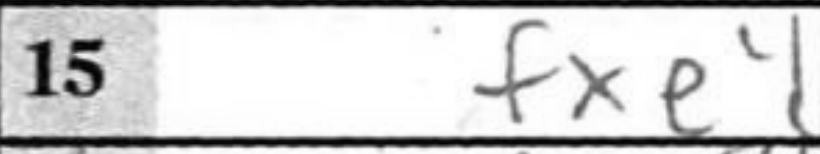
Transcription: fxe4